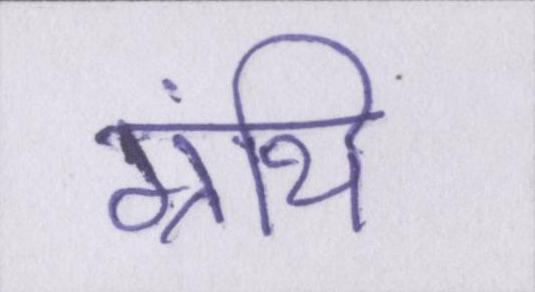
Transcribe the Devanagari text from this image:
ग्रंथि